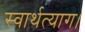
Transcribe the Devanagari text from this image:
स्वार्थत्याग।